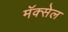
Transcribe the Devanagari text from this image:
मॅक्‍सेल